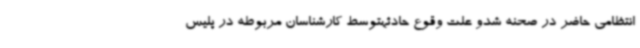
انتظامی حاضر در صحنه شدو علت وقوع حادثهتوسط کارشناسان مربوطه در پلیس